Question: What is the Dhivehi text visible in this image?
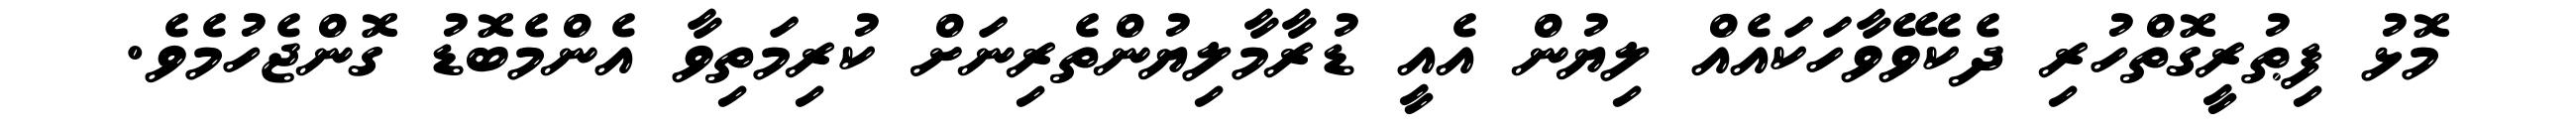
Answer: މޮޅު ފިޠުރީގޮތްހުރި ދެކެވޭވާހަކައެއް ލިޔުން އެއީ ޑުރާމާލިޔުންތެރިނަށް ކުރިމަތިވާ އެންމެބޮޑު ގޮންޖެހުމެވެ.